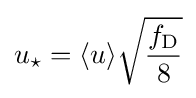
u_{\star }={\langle u\rangle }{\sqrt {\frac {f_{\mathrm {D} }}{8}}}